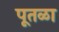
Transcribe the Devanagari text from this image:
पूतळा